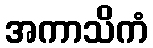
အကာသိကံ